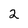
Character: 2